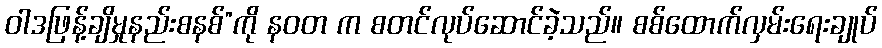
ဝါဒဖြန့်ချိမှုနည်းစနစ်”ကို နဝတ က စတင်လုပ်ဆောင်ခဲ့သည်။ စစ်ထောက်လှမ်းရေးချုပ်